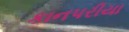
કાનપરીયા